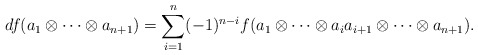
\begin{align*}df (a_1 \otimes \cdots \otimes a_{n+1})=\sum_{i=1}^{n} (-1)^{n-i} f(a_1 \otimes \cdots \otimes a_i a_{i+1} \otimes \cdots \otimes a_{n+1}). \end{align*}